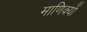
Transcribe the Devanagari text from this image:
माणिक्यों